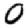
Digit: 0